Report of the Indian Hemp Drugs Commission, 1894-1895 - Volume V
Year: 1894
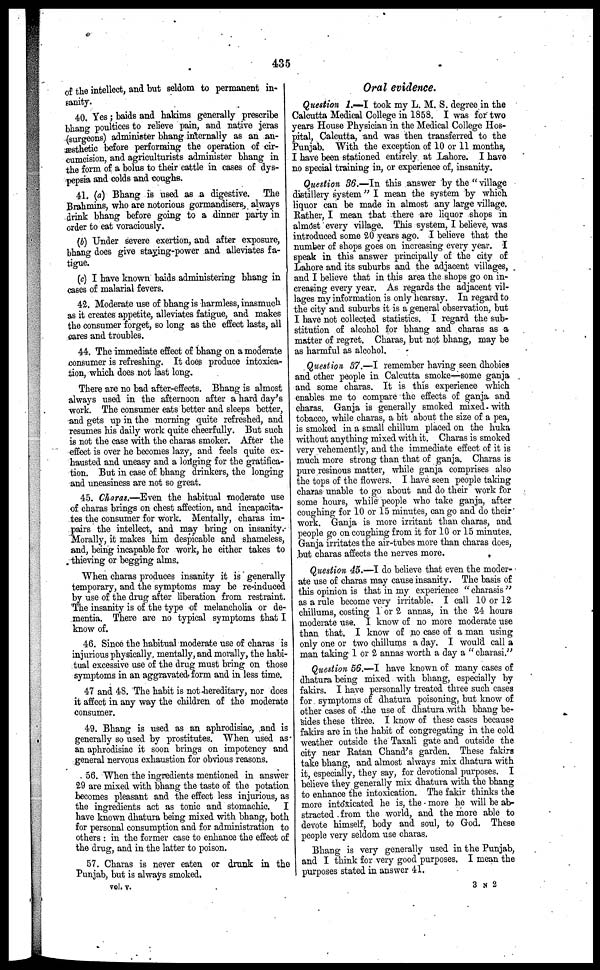
435
of the intellect, and but seldom to permanent in-
sanity.
40. Yes ; baids and hakims generally prescribe
bhang poultices to relieve pain, and native jeras
(surgeons) administer bhang internally as an an-
esthetic before performing the operation of cir-
cumcision, and agriculturists administer bhang in
the form of a bolus to their cattle in cases of dys-
pepsia and colds and coughs.
41. (a) Bhang is used as a digestive. The
Brahmins, who are notorious gormandisers, always
drink bhang before going to a dinner party in
order to eat voraciously.
(b) Under severe exertion, and after exposure,
bhang does give staying-power and alleviates fa-
tigue.
(c) I have known baids administering bhang in
cases of malarial fevers.
42. Moderate use of bhang is harmless, inasmuch
as it creates appetite, alleviates fatigue, and makes
the consumer forget, so long as the effect lasts, all
cares and troubles.
44. The immediate effect of bhang on a moderate
consumer is refreshing. It does produce intoxica-
tion, which does not last long.
There are no bad after-effects. Bhang is almost
always used in the afternoon after a hard day's
work. The consumer eats better and sleeps better,
and gets up in the morning quite refreshed, and
resumes his daily work quite cheerfully. But such
is not the case with the charas smoker. After the
effect is over he becomes lazy, and feels quite ex-
hausted and uneasy and a lodging for the gratifica-
tion. But in case of bhang drinkers, the longing
and uneasiness are not so great.
45. Charas.—Even the habitual moderate use
of charas brings on chest affection, and incapacita-
tes the consumer for work. Mentally, charas im-
pairs the intellect, and may bring on insanity.
Morally, it makes him despicable and shameless,
and, being incapable for work, he either takes to
thieving or begging alms.
When charas produces insanity it is generally
temporary, and the symptoms may be re-induced
by use of the drug after liberation from restraint.
The insanity is of the type of melancholia or de-
mentia. There are no typical symptoms that I
know of.
46. Since the habitual moderate use of charas is
injurious physically, mentally, and morally, the habi-
tual excessive use of the drug must bring on those
symptoms in an aggravated form and in less time.
47 and 48. The habit is not hereditary, nor does
it affect in any way the children of the moderate
consumer.
49. Bhang is used as an aphrodisiac, and is
generally so used by prostitutes. When used as
an aphrodisiac it soon brings on impotency and
general nervous exhaustion for obvious reasons.
56. When the ingredients mentioned in answer
29 are mixed with bhang the taste of the potation
becomes pleasant and the effect less injurious, as
the ingredients act as tonic and stomachic.
I
have known dhatura being mixed with bhang, both
for personal consumption and for administration to
others : in the former case to enhance the effect of
the drug, and in the latter to poison.
57. Charas is never eaten or drunk in the
Punjab, but is always smoked,
Oral evidence.
Question 1.—I took my L. M. S. degree in the
Calcutta Medical College in 1858. I was for two
years House Physician in the Medical College Hos-
pital, Calcutta, and was then transferred to the
Punjab. With the exception of 10 or 11 months,
I have been stationed entirely at Lahore. I have
no special training in, or experience of, insanity.
Question 36.—In this answer by the " village
distillery system " I mean the system by which
liquor can be made in almost any large village.
Bather, I mean that there are liquor shops in
almost every village. This system, I believe, was
introduced some 20 years ago. I believe that the
number of shops goes on increasing every year. I
speak in this answer principally of the city of
Lahore and its suburbs and the adjacent villages,
and I believe that in this area the shops go on in-
creasing every year. As regards the adjacent vil-
lages my information is only hearsay. In regard to
the city and suburbs it is a general observation, but
I have not collected statistics. I regard the sub-
stitution of alcohol for bhang and charas as a
matter of regret. Charas, but not bhang, may be
as harmful as alcohol.
Question 37.—I remember having seen dhobies
and other people in Calcutta smoke—some ganja
and some charas. It is this experience which
enables me to compare the effects of ganja and
charas. Ganja is generally smoked mixed, with
tobacco, while charas, a bit about the size of a pea,
is smoked in a small chillum placed on the huka
without anything mixed with it. Charas is smoked
very vehemently, and the immediate effect of it is
much more strong than that of ganja. Charas is
pure resinous matter, while ganja comprises also
the tops of the flowers. I have seen people taking
charas unable to go about and do their work for
some hours, while people who take ganja, after
coughing for 10 or 15 minutes, can go and do their
work. Ganja is more irritant than charas, and
people go on coughing from it for 10 or 15 minutes.
Ganja irritates the air-tubes more than charas does,
but charas affects the nerves more.
Question 45.—I do believe that even the moder-
ate use of charas may cause insanity. The basis of
this opinion is that in my experience "charasis"
as a rule become very irritable. I call 10 or 12
chillums, costing 1 or 2 annas, in the 24 hours
moderate use. I know of no more moderate use
than that. I know of no case of a man using
only one or two chillums a day. I would call a
man taking 1 or 2 annas worth a day a " charasi."
Question 56.—I have known of many cases of
dhatura being mixed with bhang, especially by
fakirs. I have personally treated three such cases
for symptoms of dhatura poisoning, but know of
other cases of the use of dhatura with bhang be-
sides these three. I know of these cases because
fakirs are in the habit of congregating in the cold
weather outside the Taxali gate and outside the
city near Ratan Chand's garden. These fakirs
take bhang, and almost always mix dhatura with
it, especially, they say, for devotional purposes. I
believe they generally mix dhatura with the bhang
to enhance the intoxication. The fakir thinks the
more intoxicated he is, the more ho will be ab-
stracted from the world, and the more able to
devote himself, body and soul, to God. These
people very seldom use charas.
Bhang is very generally used in the Punjab,
and I think for very good purposes. I mean the
purposes stated in answer 41.
vol. v.
3 N 2